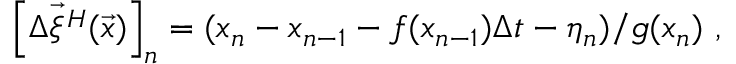
\left[ \vec { \Delta \xi ^ { H } } ( \vec { x } ) \right] _ { n } = ( x _ { n } - x _ { n - 1 } - f ( x _ { n - 1 } ) \Delta t - \eta _ { n } ) / g ( x _ { n } ) \ ,